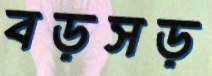
বড়সড়